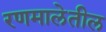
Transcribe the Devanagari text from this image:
रणमालेतील